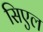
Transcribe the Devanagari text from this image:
सिएल